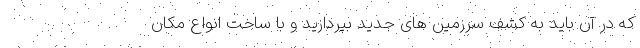
که در آن باید به کشف سرزمین های جدید بپردازید و با ساخت انواع مکان